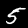
Digit: 5